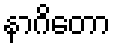
နာဂိတော